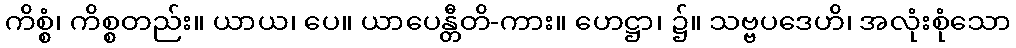
ကိစ္စံ၊ ကိစ္စတည်း။ ယာယ၊ ပေ။ ယာပေန္တီတိ-ကား။ ဟေဋ္ဌာ၊ ၌။ သဗ္ဗပဒေဟိ၊ အလုံးစုံသော